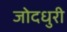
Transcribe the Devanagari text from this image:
जोदधुरी